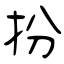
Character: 扮